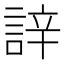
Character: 䛨